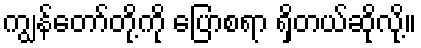
ကျွန်တော်တို့ကို ပြောစရာ ရှိတယ်ဆိုလို့။